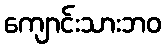
ကျောင်းသားဘဝ